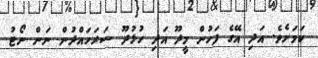
ކަމަށެވެ. އަދި އޭގެ ފަހުން މީދޫ އަދި ހުޅުދޫ ސަރަހައްދުން ނަން ނޯޓު